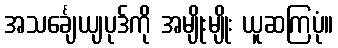
အသင်္ချေယျပုဒ်ကို အမျိုးမျိုး ယူဆကြပုံ။